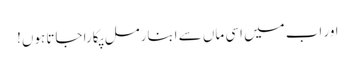
اور اب میں اسی ماں سے ابنارمل پکارا جاتا ہوں!